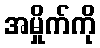
အမှိုက်ကို